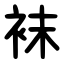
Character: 袜